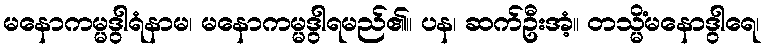
မနောကမ္မဒွါရံနာမ၊ မနောကမ္မဒွါရမည်၏။ ပန၊ ဆက်ဦးအံ့။ တသ္မိံမနောဒွါရေ၊